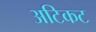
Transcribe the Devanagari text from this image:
अटिकट